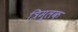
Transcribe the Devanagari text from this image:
त्रिमूलक